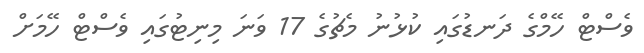
ވެސްޓް ހޭމްގެ ދަނޑުގައި ކުޅުނު މެޗުގެ 17 ވަނަ މިނިޓުގައި ވެސްޓް ހޭމަށް